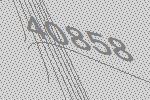
40858